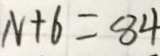
N + 6 = 8 4